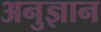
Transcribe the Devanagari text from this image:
अनुज्ञान